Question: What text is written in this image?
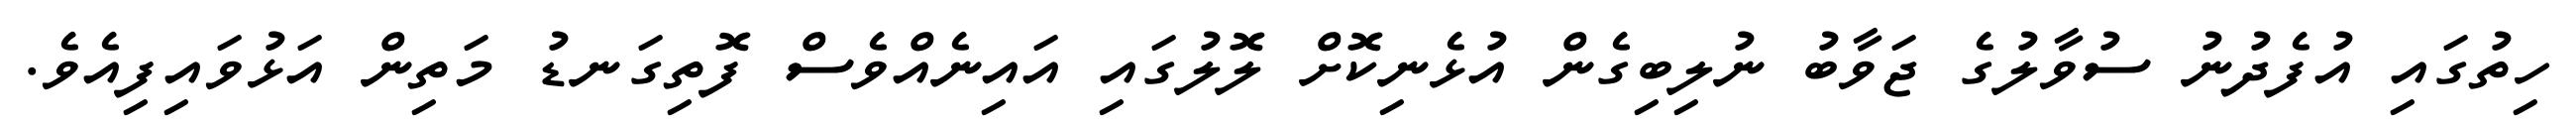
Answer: ހިތުގައި އުފެދުނު ސުވާލުގެ ޖަވާބު ނުލިބިގެން އުޅެނިކޮށް ލޮލުގައި އައިނެއްވެސް ފޮތިގަނޑު މަތިން އަޅުވައިފިއެވެ.